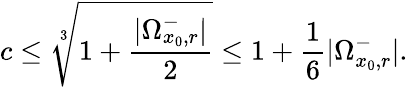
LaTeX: c\leq\sqrt[3]{1+\frac{|\Omega_{x_{0},r}^{-}|}{2}}\leq 1+\frac{1}{6}|\Omega_{x_{0},r}^{-}|.